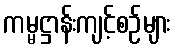
ကမ္မဋ္ဌာန်းကျင့်စဉ်များ